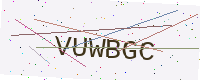
Text: VUWBGC